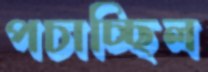
পচাচ্ছিল